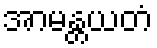
အာမန္တယတံ